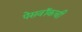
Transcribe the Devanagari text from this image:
पेसवॉकची